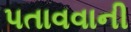
પતાવવાની